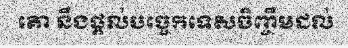
គោ នឹងផ្តល់បច្ចេកទេសចិញ្ចឹមដល់